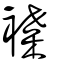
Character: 褋